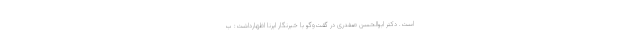
است. دکتر ابوالحسن صفدری در گفت‌وگو با خبرنگار ایرنا اظهارداشت: ب